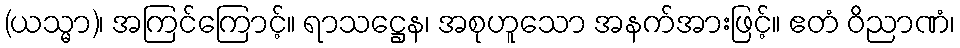
(ယသ္မာ)၊ အကြင်ကြောင့်။ ရာသဋ္ဌေန၊ အစုဟူသော အနက်အားဖြင့်။ ဧတံ ဝိညာဏံ၊